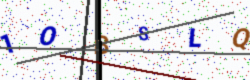
Text: 1OBSLQ